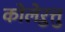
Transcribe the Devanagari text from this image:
कोलेऱुत्तु